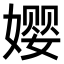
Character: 𫝭